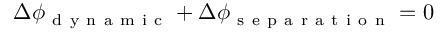
\Delta \phi _ { \mathrm { ~ d ~ y ~ n ~ a ~ m ~ i ~ c ~ } } + \Delta \phi _ { \mathrm { ~ s ~ e ~ p ~ a ~ r ~ a ~ t ~ i ~ o ~ n ~ } } = 0